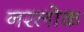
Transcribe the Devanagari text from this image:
नरलोक